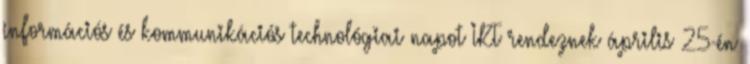
információs és kommunikációs technológiai napot IKT rendeznek április 25-én